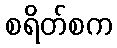
စရိတ်စက